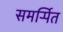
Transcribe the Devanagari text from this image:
समर्र्पित